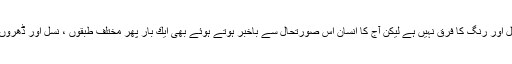
یہاں كسی زبان ،نسل اور رنگ كا فرق نہیں ہے لیكن آج كا انسان اس صورتحال سے باخبر ہوتے ہوئے بھی ایك بار پھر مختلف طبقوں ، نسل اور ڈھروں میں قید ہو گیا ہے۔